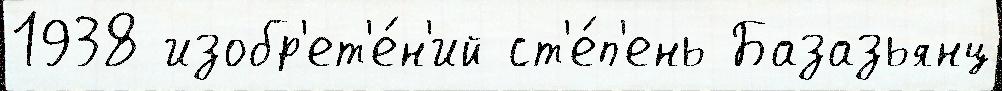
1938 изобр'ет'е́н'ий ст'е́п'ень Базазьянц